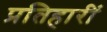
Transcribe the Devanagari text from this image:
प्रतिहारीं